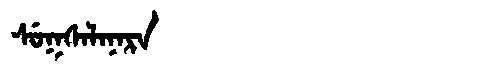
Manchu: ᠰᡠᡴᠰᠠᠯᠠᠨᠠᡵᠠ
Romanization: SUKSALANARA